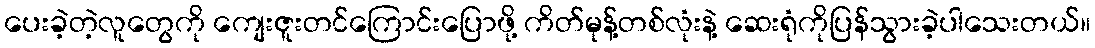
ပေးခဲ့တဲ့လူတွေကို ကျေးဇူးတင်ကြောင်းပြောဖို့ ကိတ်မုန့်တစ်လုံးနဲ့ ဆေးရုံကိုပြန်သွားခဲ့ပါသေးတယ်။